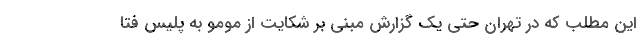
این مطلب که در تهران حتی یک گزارش مبنی بر شکایت از مومو به پلیس فتا